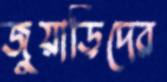
জুয়াড়িদের